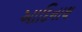
આદિનાથ